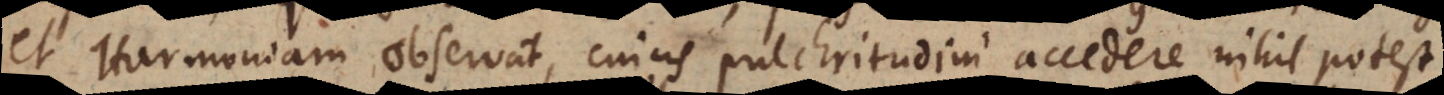
et Harmoniam observat, cujus pulchritudini accedere nihil potest.